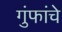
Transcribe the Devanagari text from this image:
गुंफांचे